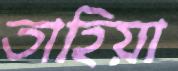
তাহিয়া